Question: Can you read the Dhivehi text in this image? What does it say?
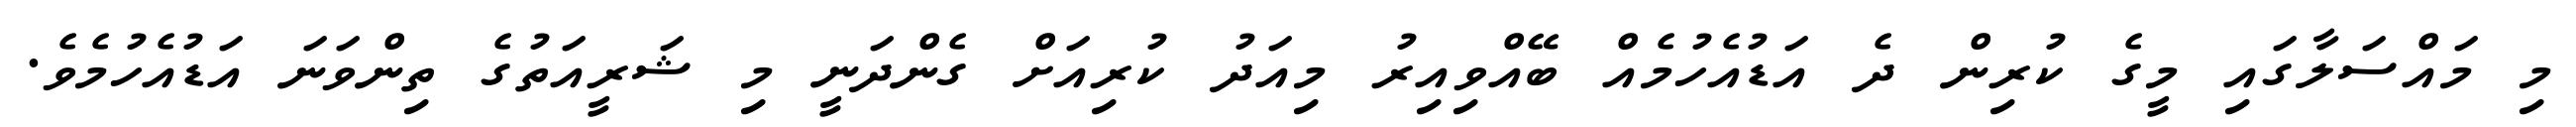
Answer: މި މައްސަލާގައި މީގެ ކުރިން ދެ އަޑުއެހުމެއް ބޭއްވިއިރު މިއަދު ކުރިއަށް ގެންދަނީ މި ޝަރީއަތުގެ ތިންވަނަ އަޑުއެހުމެވެ.